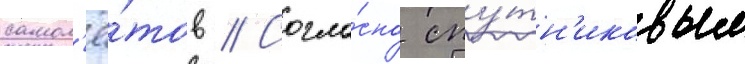
самол'ё́тов // Согла́сно спу́тн'иковым